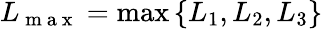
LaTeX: L_{\mathrm{~m~a~x~}}=\operatorname*{max}\left\{ L_{1},L_{2},L_{3}\right\}